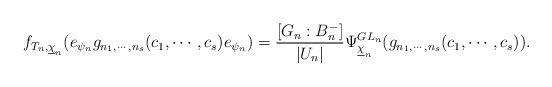
\begin{align*} f_{T_n, \underline{\chi}_n}(e_{\psi_n}g_{n_1,\cdots, n_s}(c_1,\cdots,c_s)e_{\psi_n})=\frac{[G_n:B_{n}^{-}]}{|U_n|}\Psi_{\underline{\chi}_n}^{GL_n}(g_{n_1,\cdots, n_s}(c_1,\cdots,c_s)).\end{align*}